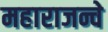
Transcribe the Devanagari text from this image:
महाराजन्चे